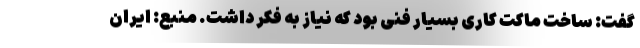
گفت: ساخت ماکت کاری بسیار فنی بود که نیاز به فکر داشت. منبع: ایران